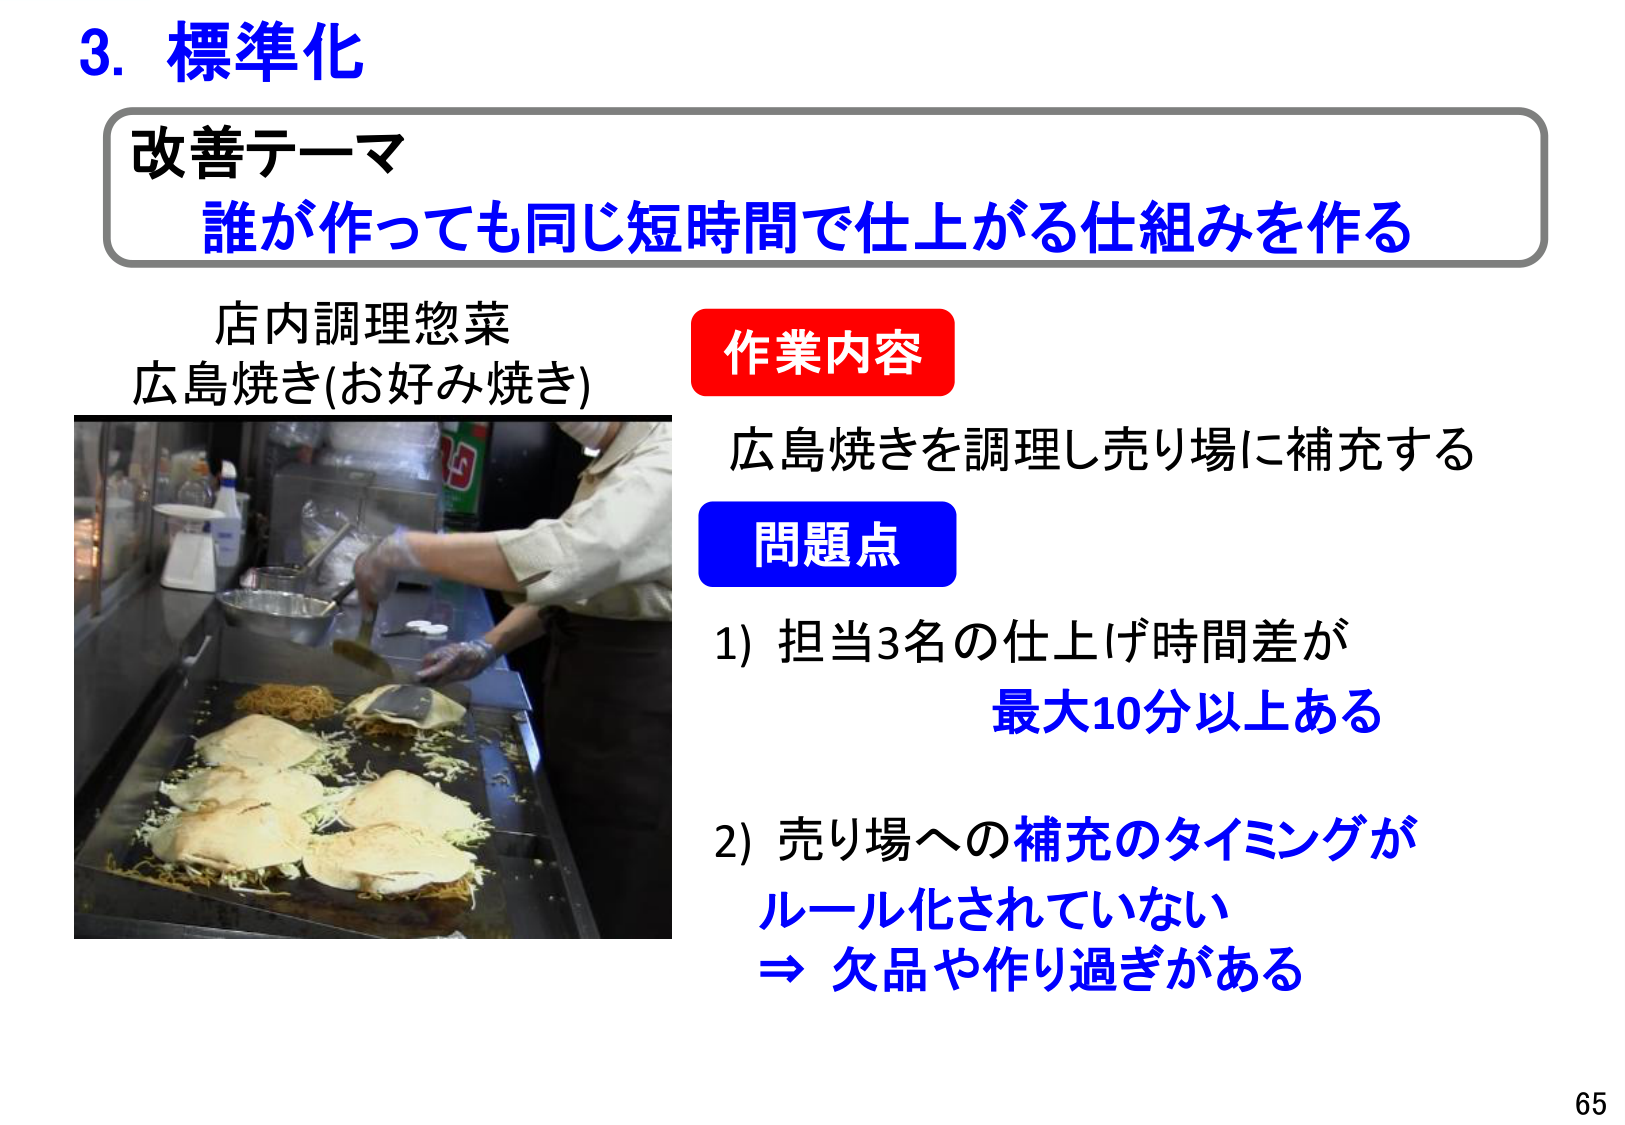
3. 標準化
改善テーマ
誰が作っても同じ短時間で仕上がる仕組みを作る
店内調理惣菜
広島焼き(お好み焼き)
作業内容
広島焼きを調理し売り場に補充する
問題点
1) 担当3名の仕上げ時間差が
最大10分以上ある
2) 売り場への補充のタイミングが
ルール化されていない
⇒ 欠品や作り過ぎがある
65